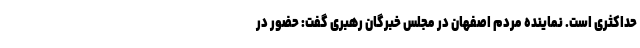
حداکثری است. نماینده مردم اصفهان در مجلس خبرگان رهبری گفت: حضور در